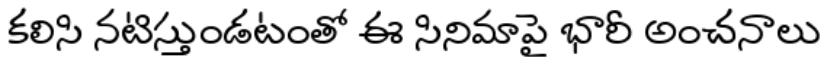
కలిసి నటిస్తుండటంతో ఈ సినిమాపై భారీ అంచనాలు